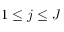
1 \le j \le J